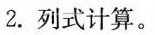
2.列式计算。